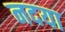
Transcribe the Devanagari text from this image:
नदया